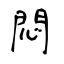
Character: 悶